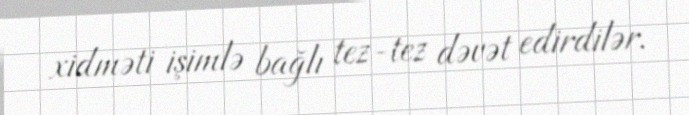
xidməti işimlə bağlı tez-tez dəvət edirdilər.